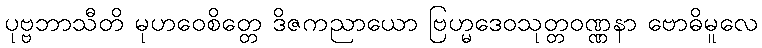
ပုဗ္ဗဘာသီတိ မုဟဝေစိတ္တေ ဒိဇကညာယော ဗြဟ္မဒေဝသုတ္တဝဏ္ဏနာ ဗောဓိမူလေ